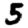
Digit: 5